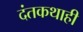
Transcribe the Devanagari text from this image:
दंतकथाही